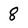
Character: 8